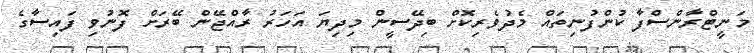
މަނީޓްރާންސްފާ ކުންފުނިތައް މެދުވެރިކޮށް ބިދޭސީން މިދިޔަ އަހަރު ރާއްޖޭން ބޭރަށް ފޮނުވި ފައިސާގެ